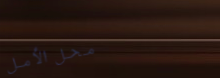
محل الأمل